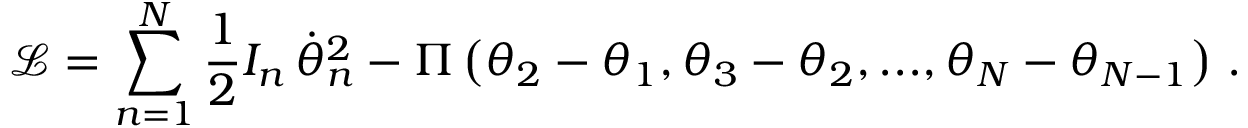
\mathcal { L } = \sum _ { n = 1 } ^ { N } \frac { 1 } { 2 } I _ { n } \, \dot { \theta } _ { n } ^ { 2 } - \Pi \left( \theta _ { 2 } - \theta _ { 1 } , \theta _ { 3 } - \theta _ { 2 } , . . . , \theta _ { N } - \theta _ { N - 1 } \right) \, .